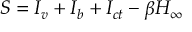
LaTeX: S = I _ { v } + I _ { b } + I _ { c t } - \beta H _ { \infty }